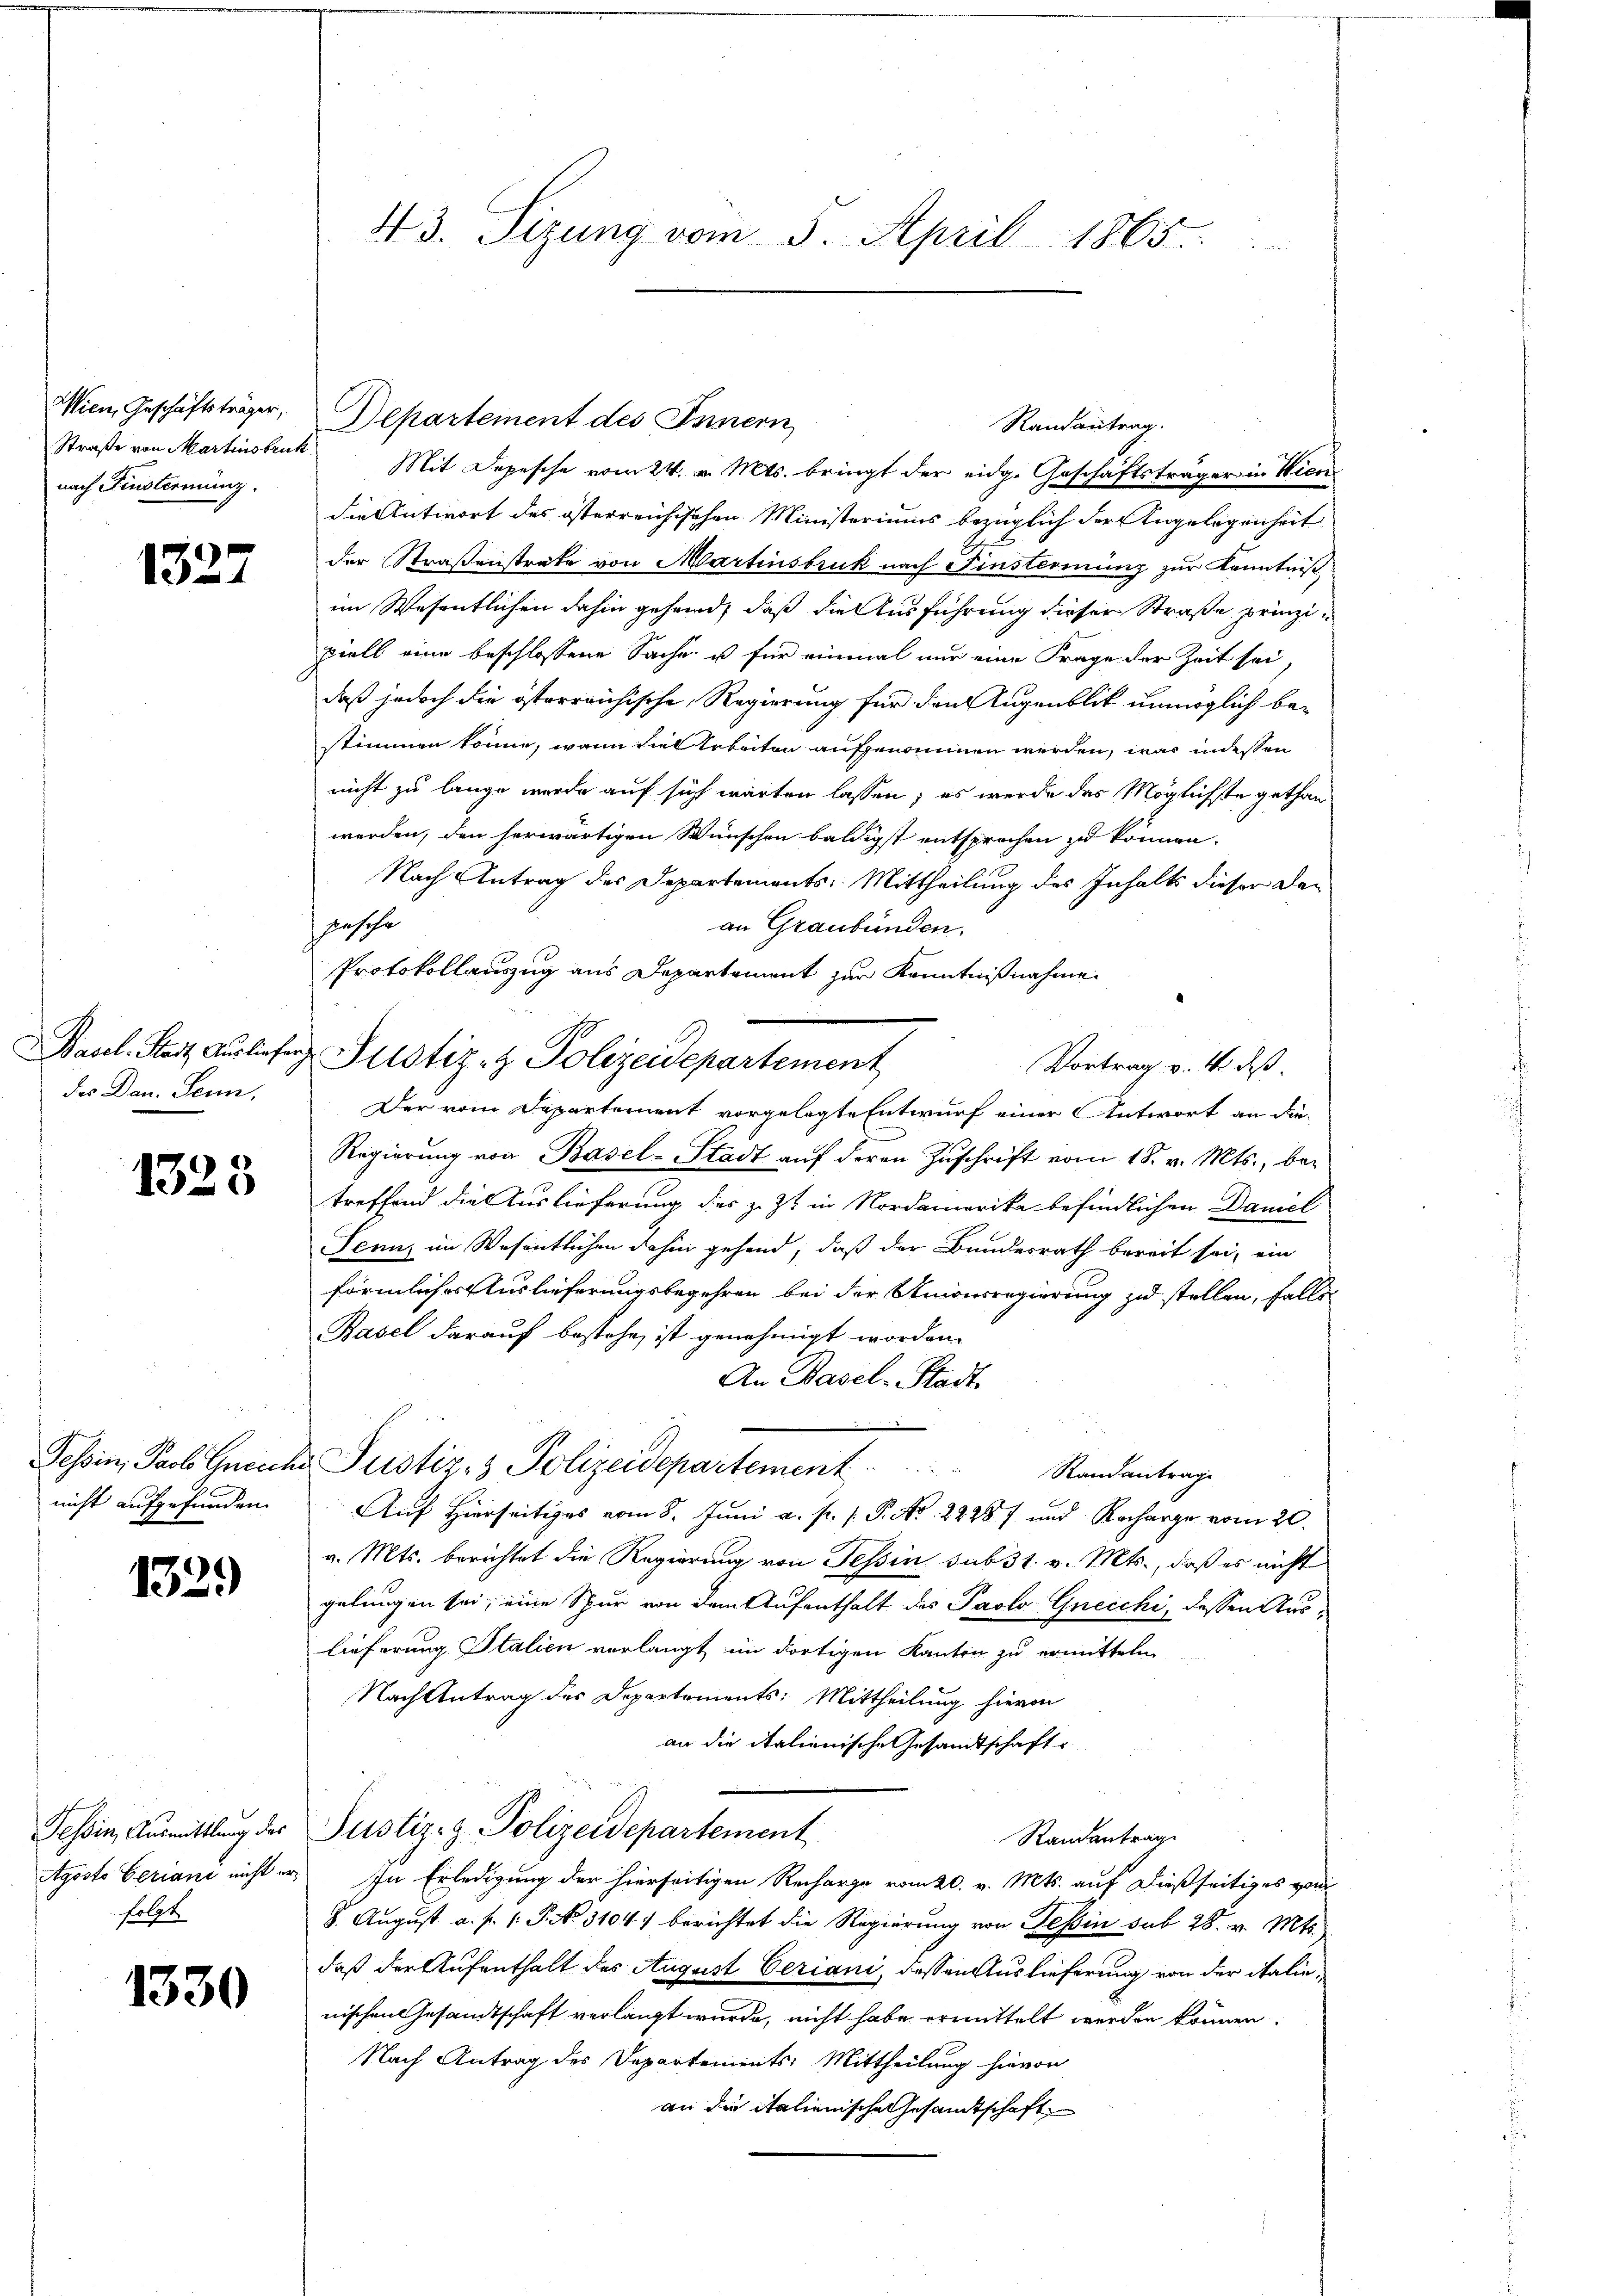
nach Finsterminz.

1327

des Dan. Senn,

1323

nicht aufgefunden.

1329)

folgt

1330

43. Sizung vom 5. April 1865.

Wien Geschäftsträger, Departement des Innern
Straße von Martinsbruk Mit Depesche vom 24. v. Mts. bringt der eidg. Geschäftsträger in Wien
die Antwort des österreichischen Ministeriums bezüglich der Angelegenheit
der Straßenstrate von Martinsbruk nach Finsterming zur Kenntniß,
im Wesentlichen dahin gehand, daß die Ausführung dieser Straße prinzipiell eine beschlossene Sache ist für einmal nur eine Frage der Zeit sei
daß jedoch die österreichische Regierung für den Augenblik unmöglich be-
stimmen könne, wann viel Erbeiten aufgenommen werden, was indessen
nicht zu lange werde auf sich warten lassen; es werde das Möglichste gethanwerden, den herwärtigen Wünschen baldigst entsprochen zu können.
Nach Antrag des Departements: Mittheilung des Inhalts dieser den
gesehe
an Graubünden.
Protokollauszug aus Departement zur Kenntnißnahme
Vortrag v. 4. dß.
Der vom Departement vorgelegte Entwurf einer Antwort an die-
Regierung von Basel-Stadt auf deren Zuschrift vom 18. v. Mts., betreffend die Auslieferung des z. Zt. in Nordamerika befindlichen Daniel
Tenuz im Wesentlichen dahin gehend, daß der Bundesrath bereit sei, ein
förmlicher Auslieferungsbegehren bei der Unionsregierung zu stellen, falls
Basel darauf bestehe, ist genehmigt worden.
An Basel-Stadt
Tessin, Paob Greiche Justiz- & Polizeidepartement . . . . . . . . . . . . .           Randantrage
Auf Hierseitiges vom 8. Juni a. p. 1. P. No. 22287 und Recharge vom 20.
v. Mts. berichtet die Regierung von Tessin sub 31. v. Mts., daß es nicht
gelungen sei; eine Spur von dem Aufenthalt des Paolo Gneichi, dessen Auslieferung Italien verlangt im dortigen Kanton zu ermitteln
Nach Antrag des Departements: Mittheilung hievon
an die italienische Gesandtschaft
u
Tessin, Ausmittlung des Justiz- & Polizeidepartement
Randantrag
gosto Geriani nicht er, In Erledigung der hierseitigen Recharge vom 20. v. Mts. auf dießseitiges wir
8. August a. f. 1. P. N. 3104) berichtet die Regierung von Teßin sub 28. v. Mts.
daß der Aufenthalt des August Ceriani, dessen Auslieferung von der italienischen Gesandtschaft verlangt wurde, nicht habe ermittelt werden können.
Nach Antrag des Departements: Mittheilung hievon
an die italienische Gesamtschaft

Basel-Stadt Ausliefer Prostiz- & Polizeidepartement

Randantrag.